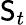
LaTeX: \mathsf{S}_{t}